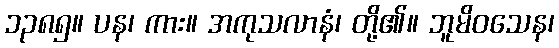
၁၃၈၅။ ပန၊ ကား။ အကုသလာနံ၊ တို့၏။ ဘူမိဝသေန၊